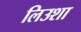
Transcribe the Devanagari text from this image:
लिउशा